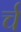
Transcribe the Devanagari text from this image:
र्च